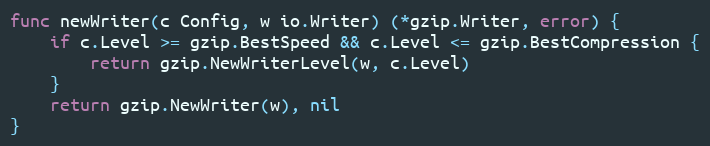
Language: Go
func newWriter(c Config, w io.Writer) (*gzip.Writer, error) {
	if c.Level >= gzip.BestSpeed && c.Level <= gzip.BestCompression {
		return gzip.NewWriterLevel(w, c.Level)
	}
	return gzip.NewWriter(w), nil
}